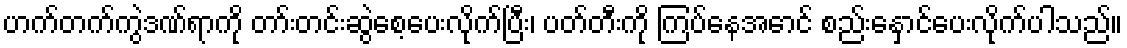
ဟက်တက်ကွဲဒဏ်ရာကို တာ်းတင်းဆွဲစေ့ပေးလိုက်ပြီး၊ ပတ်တီးကို ကြပ်နေအောင် စည်းနှောင်ပေးလိုက်ပါသည်။